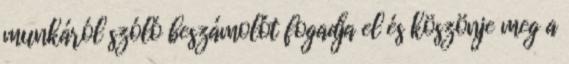
munkáról szóló beszámolót fogadja el és köszönje meg a